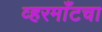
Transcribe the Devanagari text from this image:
व्हरमाँटचा